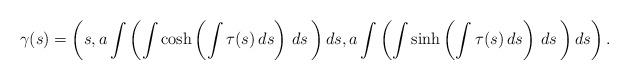
LaTeX: \begin{align*}\gamma (s)=\left( s,a\int \left( \int \cosh \left( \int \tau (s)\,ds\right)\,ds\,\right) ds,a\int \left( \int \sinh \left( \int \tau (s)\,ds\right)\,ds\,\right) ds\right).\end{align*}